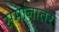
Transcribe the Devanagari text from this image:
समांनातर